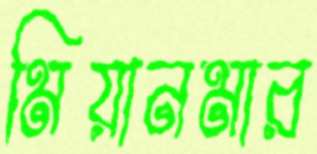
মিয়ানমার